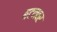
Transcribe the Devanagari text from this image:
बटनवर